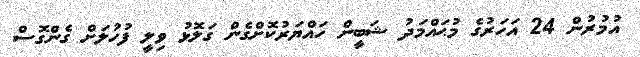
އުމުރުން 24 އަހަރުގެ މުޙައްމަދު ޝަބީން ހައްޔަރުކޮށްގެން ގަލޮޅު ވިލީ ފުހުލަށް ގެންގޮސް